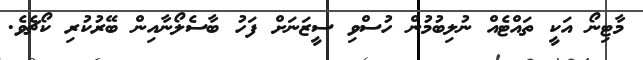
މާޓިނޯ އަކީ ތައްޓެއް ނުލިބުމުން ހުސްވި ސީޒަނަށް ފަހު ބާސެލޯނާއިން ބޭރުކުރި ކޯޗެވެ.